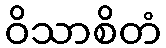
ဝိသာစိတံ